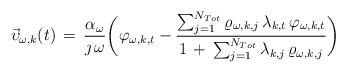
LaTeX: \begin{align*}\begin{aligned}\vec{\mathbf{\upsilon}}_{\omega, k}(t) \, = \, \frac{\alpha_{\omega}}{\jmath \, \omega} \bigg( \varphi_{\omega, k, t} - \frac{ \sum_{j = 1}^{N_{Tot}} \varrho_{\omega, k, j} \, \lambda_{k,t} \, \varphi_{\omega, k, t} }{ 1 \,+\, \sum_{j = 1}^{N_{Tot}} \lambda_{k,j} \, \varrho_{\omega, k, j} } \bigg)& \end{aligned}\end{align*}